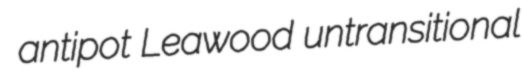
antipot Leawood untransitional